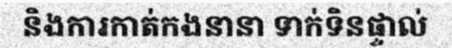
និងការកាត់កងនានា ទាក់ទិនផ្ទាល់